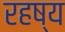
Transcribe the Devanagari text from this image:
रहष्य